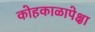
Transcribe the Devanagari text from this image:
कोहकाळापेक्षा